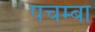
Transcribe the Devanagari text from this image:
पचम्बा